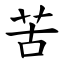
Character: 苦